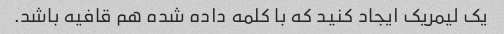
یک لیمریک ایجاد کنید که با کلمه داده شده هم قافیه باشد.